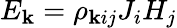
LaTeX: E_{\mathbf{k}}=\rho_{\mathbf{k}ij}J_{i}H_{j}